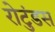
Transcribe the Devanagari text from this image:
रोटुंडस